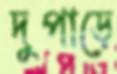
দুপাড়ে